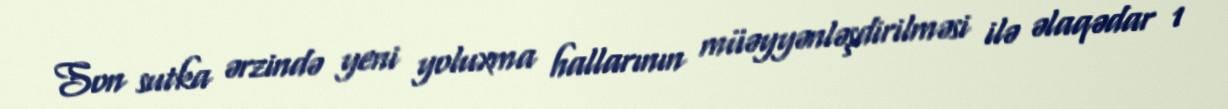
Son sutka ərzində yeni yoluxma hallarının müəyyənləşdirilməsi ilə əlaqədar 1